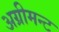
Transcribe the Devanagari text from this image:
अग्रीमन्ट